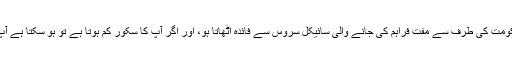
اس سکیم میں زیادہ سکورہو سکتا ہے اس شخص کو دیا جائے جو حکومت کی طرف سے مفت فراہم کی جانے والی سائیکل سروس سے فائدہ اٹھاتا ہو، اور اگر آپ کا سکور کم ہوتا ہے تو ہو سکتا ہے آپ پر پابندی لگا دی جائے کہ آپ ریل گاڑی میں سوار نہیں ہو سکتے۔